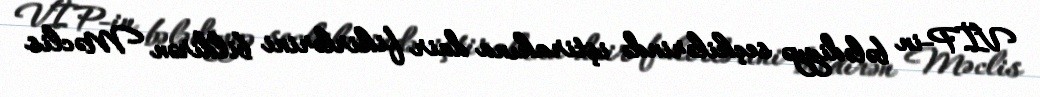
VİP-in bələdiyyə seçkilərində iştirakına dair fikirlərini bildirən Məclis